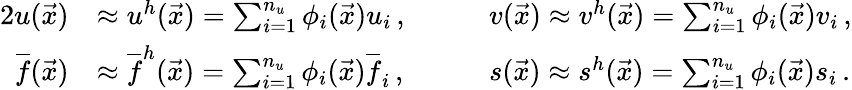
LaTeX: \begin{array}{rlrl}{{2}u(\vec{x})}&{\approx u^{h}(\vec{x})=\sum_{i=1}^{n_{u}}\phi_{i}(\vec{x})u_{i}\, ,\quad}&&{v(\vec{x})\approx v^{h}(\vec{x})=\sum_{i=1}^{n_{u}}\phi_{i}(\vec{x})v_{i}\, ,}\\ {\overline{f}(\vec{x})}&{\approx\overline{{f}}^{h}(\vec{x})=\sum_{i=1}^{n_{u}}\phi_{i}(\vec{x})\overline{f}_{i}\, ,\quad}&&{s(\vec{x})\approx s^{h}(\vec{x})=\sum_{i=1}^{n_{u}}\phi_{i}(\vec{x})s_{i}\, .}\end{array}